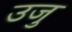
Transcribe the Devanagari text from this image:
उजु